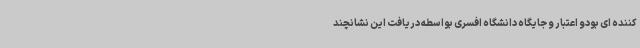
کننده ای بودو اعتبار و جایگاه دانشگاه افسری بواسطه دریافت این نشانچند